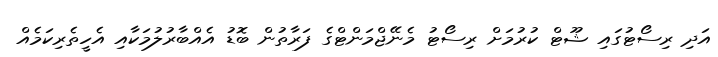
އަދި ރިސޯޓުގައި ޝޫޓް ކުރުމަށް ރިސޯޓު މެނޭޖްމަންޓްގެ ފަރާތުން ބޮޑު އެއްބާރުލުމަކާއި އެހީތެރިކަމެއް